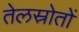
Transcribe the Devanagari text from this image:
तेलस्रोतों